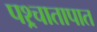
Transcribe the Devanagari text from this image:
पश्र्चातापात